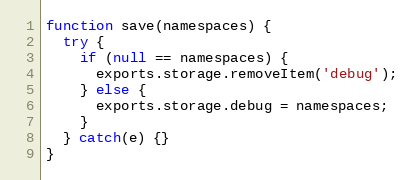
Language: JavaScript
function save(namespaces) {
  try {
    if (null == namespaces) {
      exports.storage.removeItem('debug');
    } else {
      exports.storage.debug = namespaces;
    }
  } catch(e) {}
}